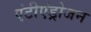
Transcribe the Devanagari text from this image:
एंटीएंड्रोजन